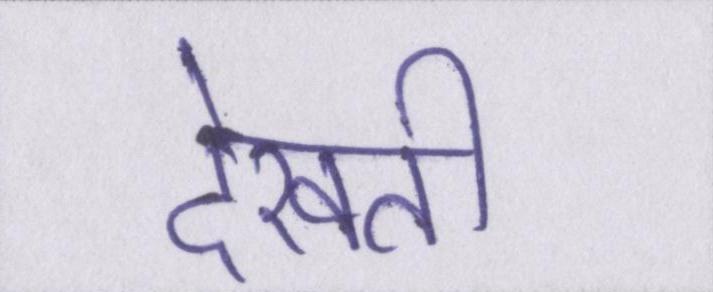
देखती